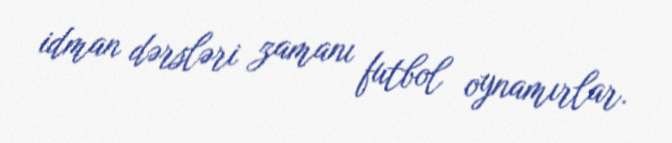
idman dərsləri zamanı futbol oynamırlar.